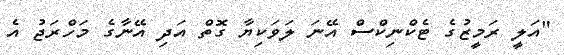
"އަލީ ރަމީޒުގެ ޓެކްނިކްސް އޭނަ ލަވަކިޔާ ގޮތް އަދި އޭނާގެ މަހްރަޖު އެ